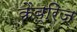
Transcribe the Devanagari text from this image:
कैब्रिज